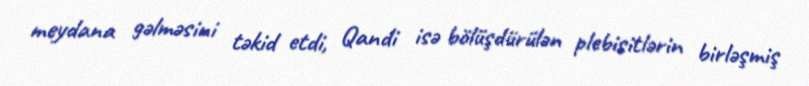
meydana gəlməsini təkid etdi, Qandi isə bölüşdürülən plebisitlərin birləşmiş